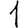
Digit: 1